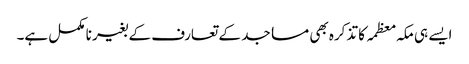
ایسے ہی مکہ معظمہ کا تذکرہ بھی مساجد کے تعارف کے بغیر نا مکمل ہے۔